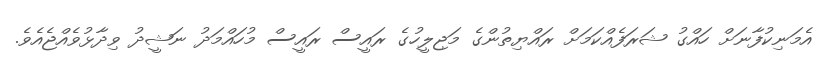
އެމަނިކުފާނަށް ހައްގު ޝަރަފެއްކަމަށް ރައްޔިތުންގެ މަޖިލީހުގެ ރައީސް ރައީސް މުހައްމަދު ނަޝީދު ވިދާޅުވެއްޖެއެވެ.